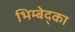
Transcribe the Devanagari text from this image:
भिम्बेद्का